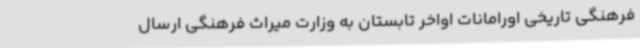
فرهنگی تاریخی اورامانات اواخر تابستان به وزارت میراث فرهنگی ارسال